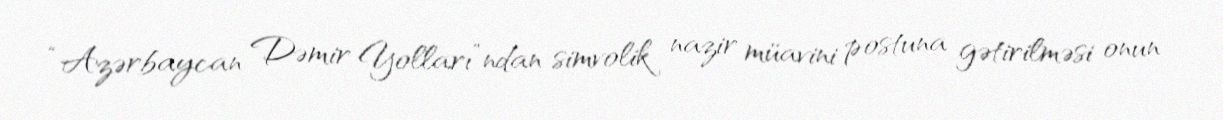
“Azərbaycan Dəmir Yolları”ndan simvolik nazir müavini postuna gətirilməsi onun